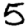
Digit: 5